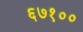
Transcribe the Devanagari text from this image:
६७१००